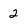
Character: 2